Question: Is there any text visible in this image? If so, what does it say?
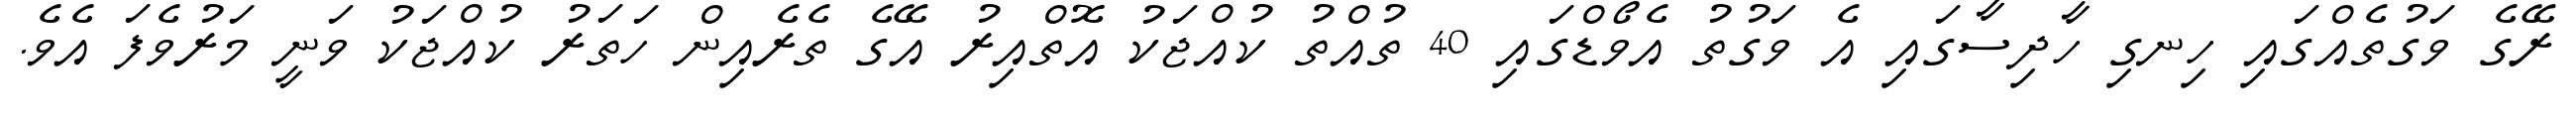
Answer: ރޭގެ ވަގުތެއްގައި ހިނގި ހާދިސާގައި އެ ވަގުތު އެވޯޑްގައި 40 ތުއްތު ކުއްޖަކު އޮތްއިރު އޭގެ ތެރެއިން ހަތަރު ކުއްޖަކު ވަނީ މަރުވެފަ އެވެ.